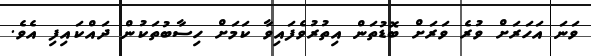
ވަނަ އަހަރަށް ވުރެ ވަރަށް ބޮޑުތަން އިތުރުވެފައިވާ ކަމަށް ހިސާބުތަކުން ދައްކައިފި އެވެ.